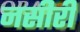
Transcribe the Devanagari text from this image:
नसीरी